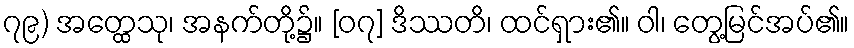
၇၉) အတ္ထေသု၊ အနက်တို့၌။ [၀၇] ဒိဿတိ၊ ထင်ရှား၏။ ဝါ၊ တွေ့မြင်အပ်၏။